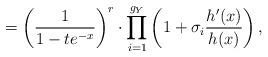
LaTeX: \begin{align*}=\left(\frac{1}{1-te^{-x}}\right)^{r}\cdot\prod_{i=1}^{g_{Y}}\left(1+\sigma_{i}\frac{h'(x)}{h(x)}\right),\end{align*}